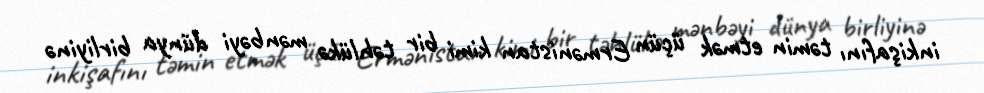
inkişafını təmin etmək üçün Ermənistan kimi bir təhlükə mənbəyi dünya birliyinə